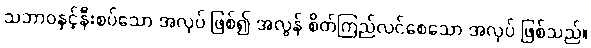
သဘာဝနှင့်နီးစပ်သော အလုပ် ဖြစ်၍ အလွန် စိတ်ကြည်လင်စေသော အလုပ် ဖြစ်သည်။